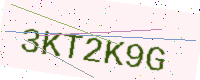
Text: 3KT2K9G